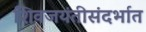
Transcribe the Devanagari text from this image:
शिवजयंतीसंदर्भात